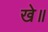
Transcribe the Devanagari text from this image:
खे॥